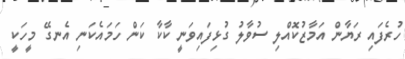
ހުރެފައި ރަޔާން އަމާޒުކޮއްލި ސުވާލު ގުޅިފައިވަނީ ކާކާ ކަން ހަމައެކަނި އެނގޭ މީހަކީ